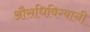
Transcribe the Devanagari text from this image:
औसधिविग्यानी